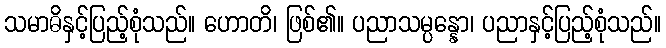
သမာဓိနှင့်ပြည့်စုံသည်။ ဟောတိ၊ ဖြစ်၏။ ပညာသမ္ပန္နော၊ ပညာနှင့်ပြည့်စုံသည်။